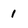
Character: 1